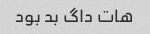
هات داگ بد بود